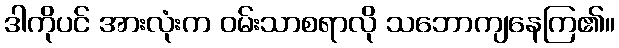
ဒါကိုပင် အားလုံးက ဝမ်းသာစရာလို သဘောကျနေကြ၏။